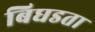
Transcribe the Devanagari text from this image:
बिघडता